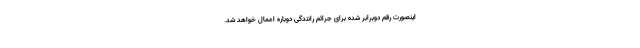
اینصورت رقم دوبرابر شده برای جرائم رانندگی دوباره اعمال خواهد شد.